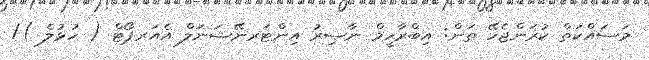
މަސައްކަތް ކުރަންޖެހޭ ތަން: އިބްރާހީމް ނާޞިރު އިންޓަރނޭޝަނަލް އެއަރޕޯޓް ( ހުޅުލެ )/